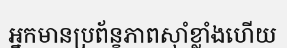
អ្នកមានប្រព័ន្ខភាពស៊ាំខ្លាំងហើយ